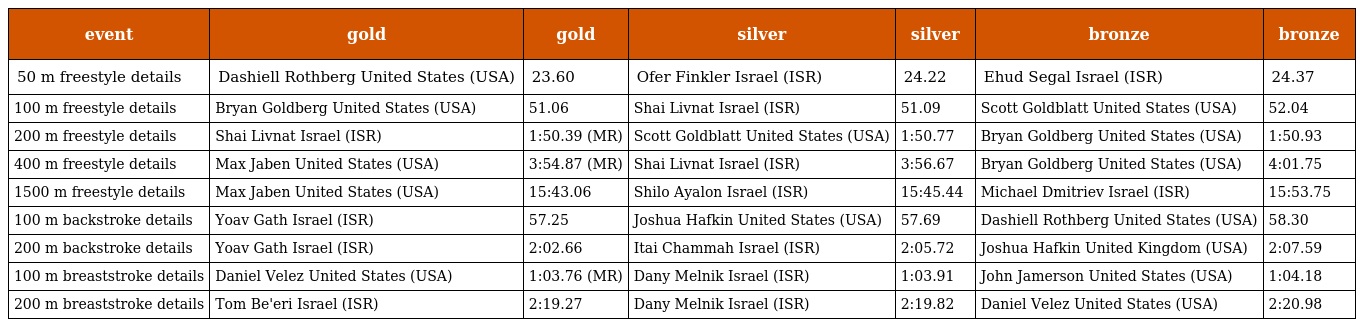
| event | gold | gold | silver | silver | bronze | bronze |
 | --- | --- | --- | --- | --- | --- | --- |
 | 50 m freestyle details | Dashiell Rothberg United States (USA) | 23.60 | Ofer Finkler Israel (ISR) | 24.22 | Ehud Segal Israel (ISR) | 24.37 |
 | 100 m freestyle details | Bryan Goldberg United States (USA) | 51.06 | Shai Livnat Israel (ISR) | 51.09 | Scott Goldblatt United States (USA) | 52.04 |
 | 200 m freestyle details | Shai Livnat Israel (ISR) | 1:50.39 (MR) | Scott Goldblatt United States (USA) | 1:50.77 | Bryan Goldberg United States (USA) | 1:50.93 |
 | 400 m freestyle details | Max Jaben United States (USA) | 3:54.87 (MR) | Shai Livnat Israel (ISR) | 3:56.67 | Bryan Goldberg United States (USA) | 4:01.75 |
 | 1500 m freestyle details | Max Jaben United States (USA) | 15:43.06 | Shilo Ayalon Israel (ISR) | 15:45.44 | Michael Dmitriev Israel (ISR) | 15:53.75 |
 | 100 m backstroke details | Yoav Gath Israel (ISR) | 57.25 | Joshua Hafkin United States (USA) | 57.69 | Dashiell Rothberg United States (USA) | 58.30 |
 | 200 m backstroke details | Yoav Gath Israel (ISR) | 2:02.66 | Itai Chammah Israel (ISR) | 2:05.72 | Joshua Hafkin United Kingdom (USA) | 2:07.59 |
 | 100 m breaststroke details | Daniel Velez United States (USA) | 1:03.76 (MR) | Dany Melnik Israel (ISR) | 1:03.91 | John Jamerson United States (USA) | 1:04.18 |
 | 200 m breaststroke details | Tom Be'eri Israel (ISR) | 2:19.27 | Dany Melnik Israel (ISR) | 2:19.82 | Daniel Velez United States (USA) | 2:20.98 |